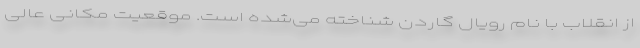
از انقلاب با نام رویال گاردن شناخته می‌شده است. موقعیت مکانی عالی